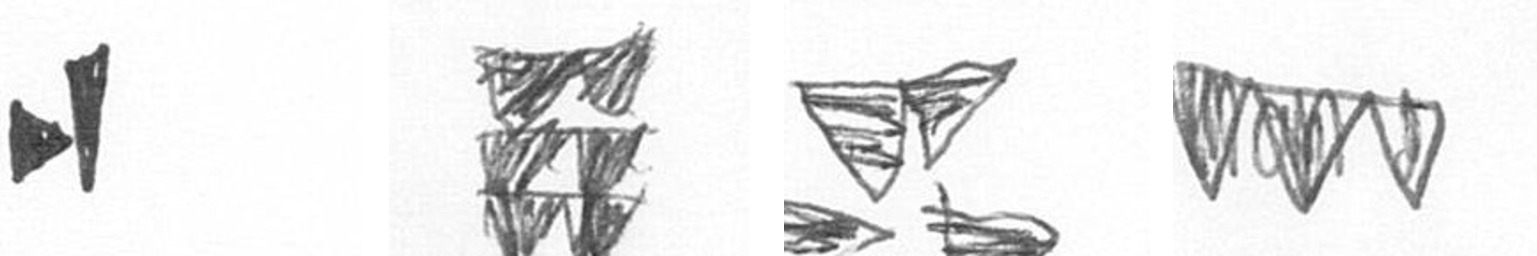
M Y B L